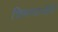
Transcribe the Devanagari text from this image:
चिमणाजीनें